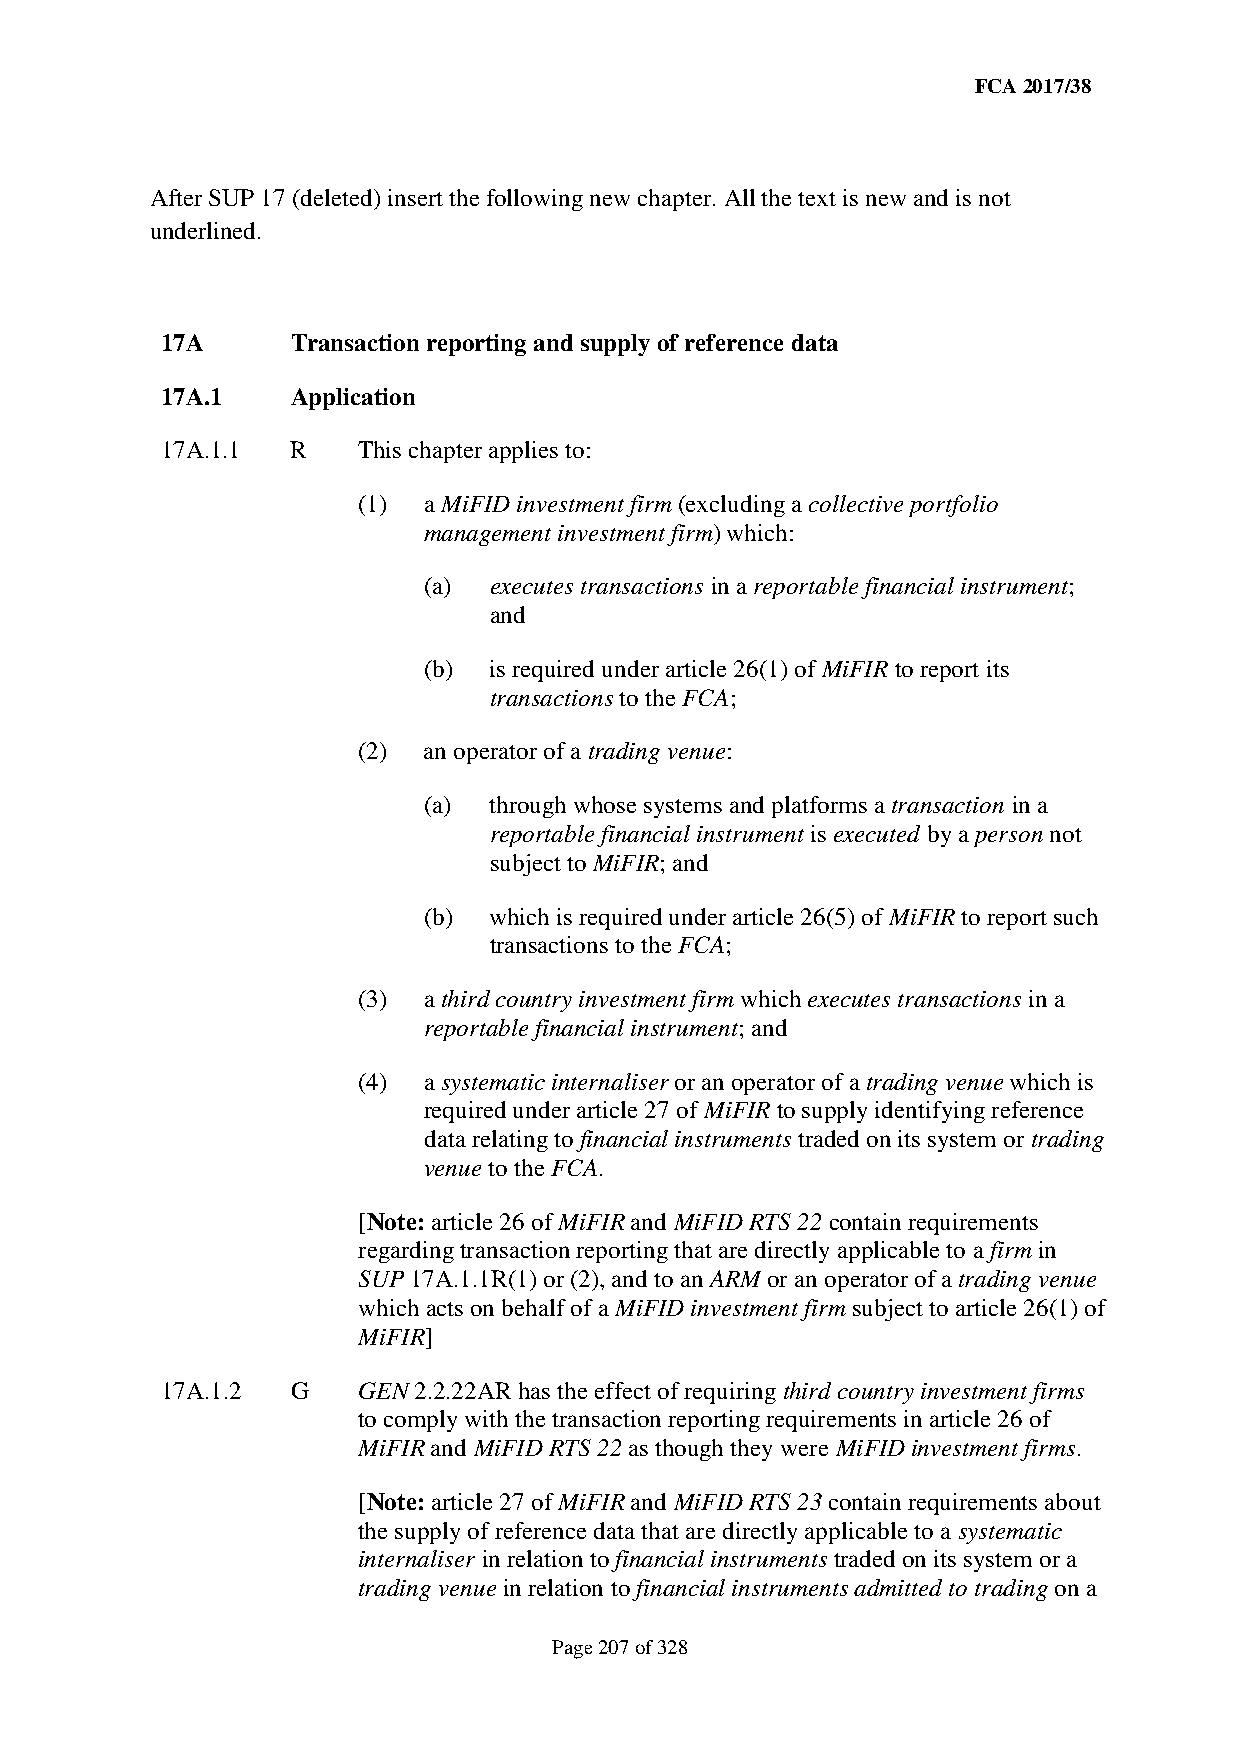
FCA 2017/38
 After SUP 17 (deleted) insert the following new chapter. All the text is new and is not
 underlined.
 17A     Transaction reporting and supply of reference data
 17A.1   Application
 17A.1.1 R    This chapter applies to:
 (1) a MiFID investment firm (excluding a collective portfolio
 management investment firm) which:
 (a) executes transactions in a reportable financial instrument;
 and
 (b) is required under article 26(1) of MiFIR to report its
 transactions to the FCA;
 (2) an operator of a trading venue:
 (a) through whose systems and platforms a transaction in a
 reportable financial instrument is executed by a person not
 subject to MiFIR; and
 (b) which is required under article 26(5) of MiFIR to report such
 transactions to the FCA;
 (3) a third country investment firm which executes transactions in a
 reportable financial instrument; and
 (4) a systematic internaliser or an operator of a trading venue which is
 required under article 27 of MiFIR to supply identifying reference
 data relating to financial instruments traded on its system or trading
 venue to the FCA.
 [Note: article 26 of MiFIR and MiFID RTS 22 contain requirements
 regarding transaction reporting that are directly applicable to a firm in
 SUP 17A.1.1R(1) or (2), and to an ARM or an operator of a trading venue
 which acts on behalf of a MiFID investment firm subject to article 26(1) of
 MiFIR]
 17A.1.2 G    GEN 2.2.22AR has the effect of requiring third country investment firms
 to comply with the transaction reporting requirements in article 26 of
 MiFIR and MiFID RTS 22 as though they were MiFID investment firms.
 [Note: article 27 of MiFIR and MiFID RTS 23 contain requirements about
 the supply of reference data that are directly applicable to a systematic
 internaliser in relation to financial instruments traded on its system or a
 trading venue in relation to financial instruments admitted to trading on a
 Page 207 of 328